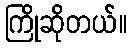
ကြိုဆိုတယ်။